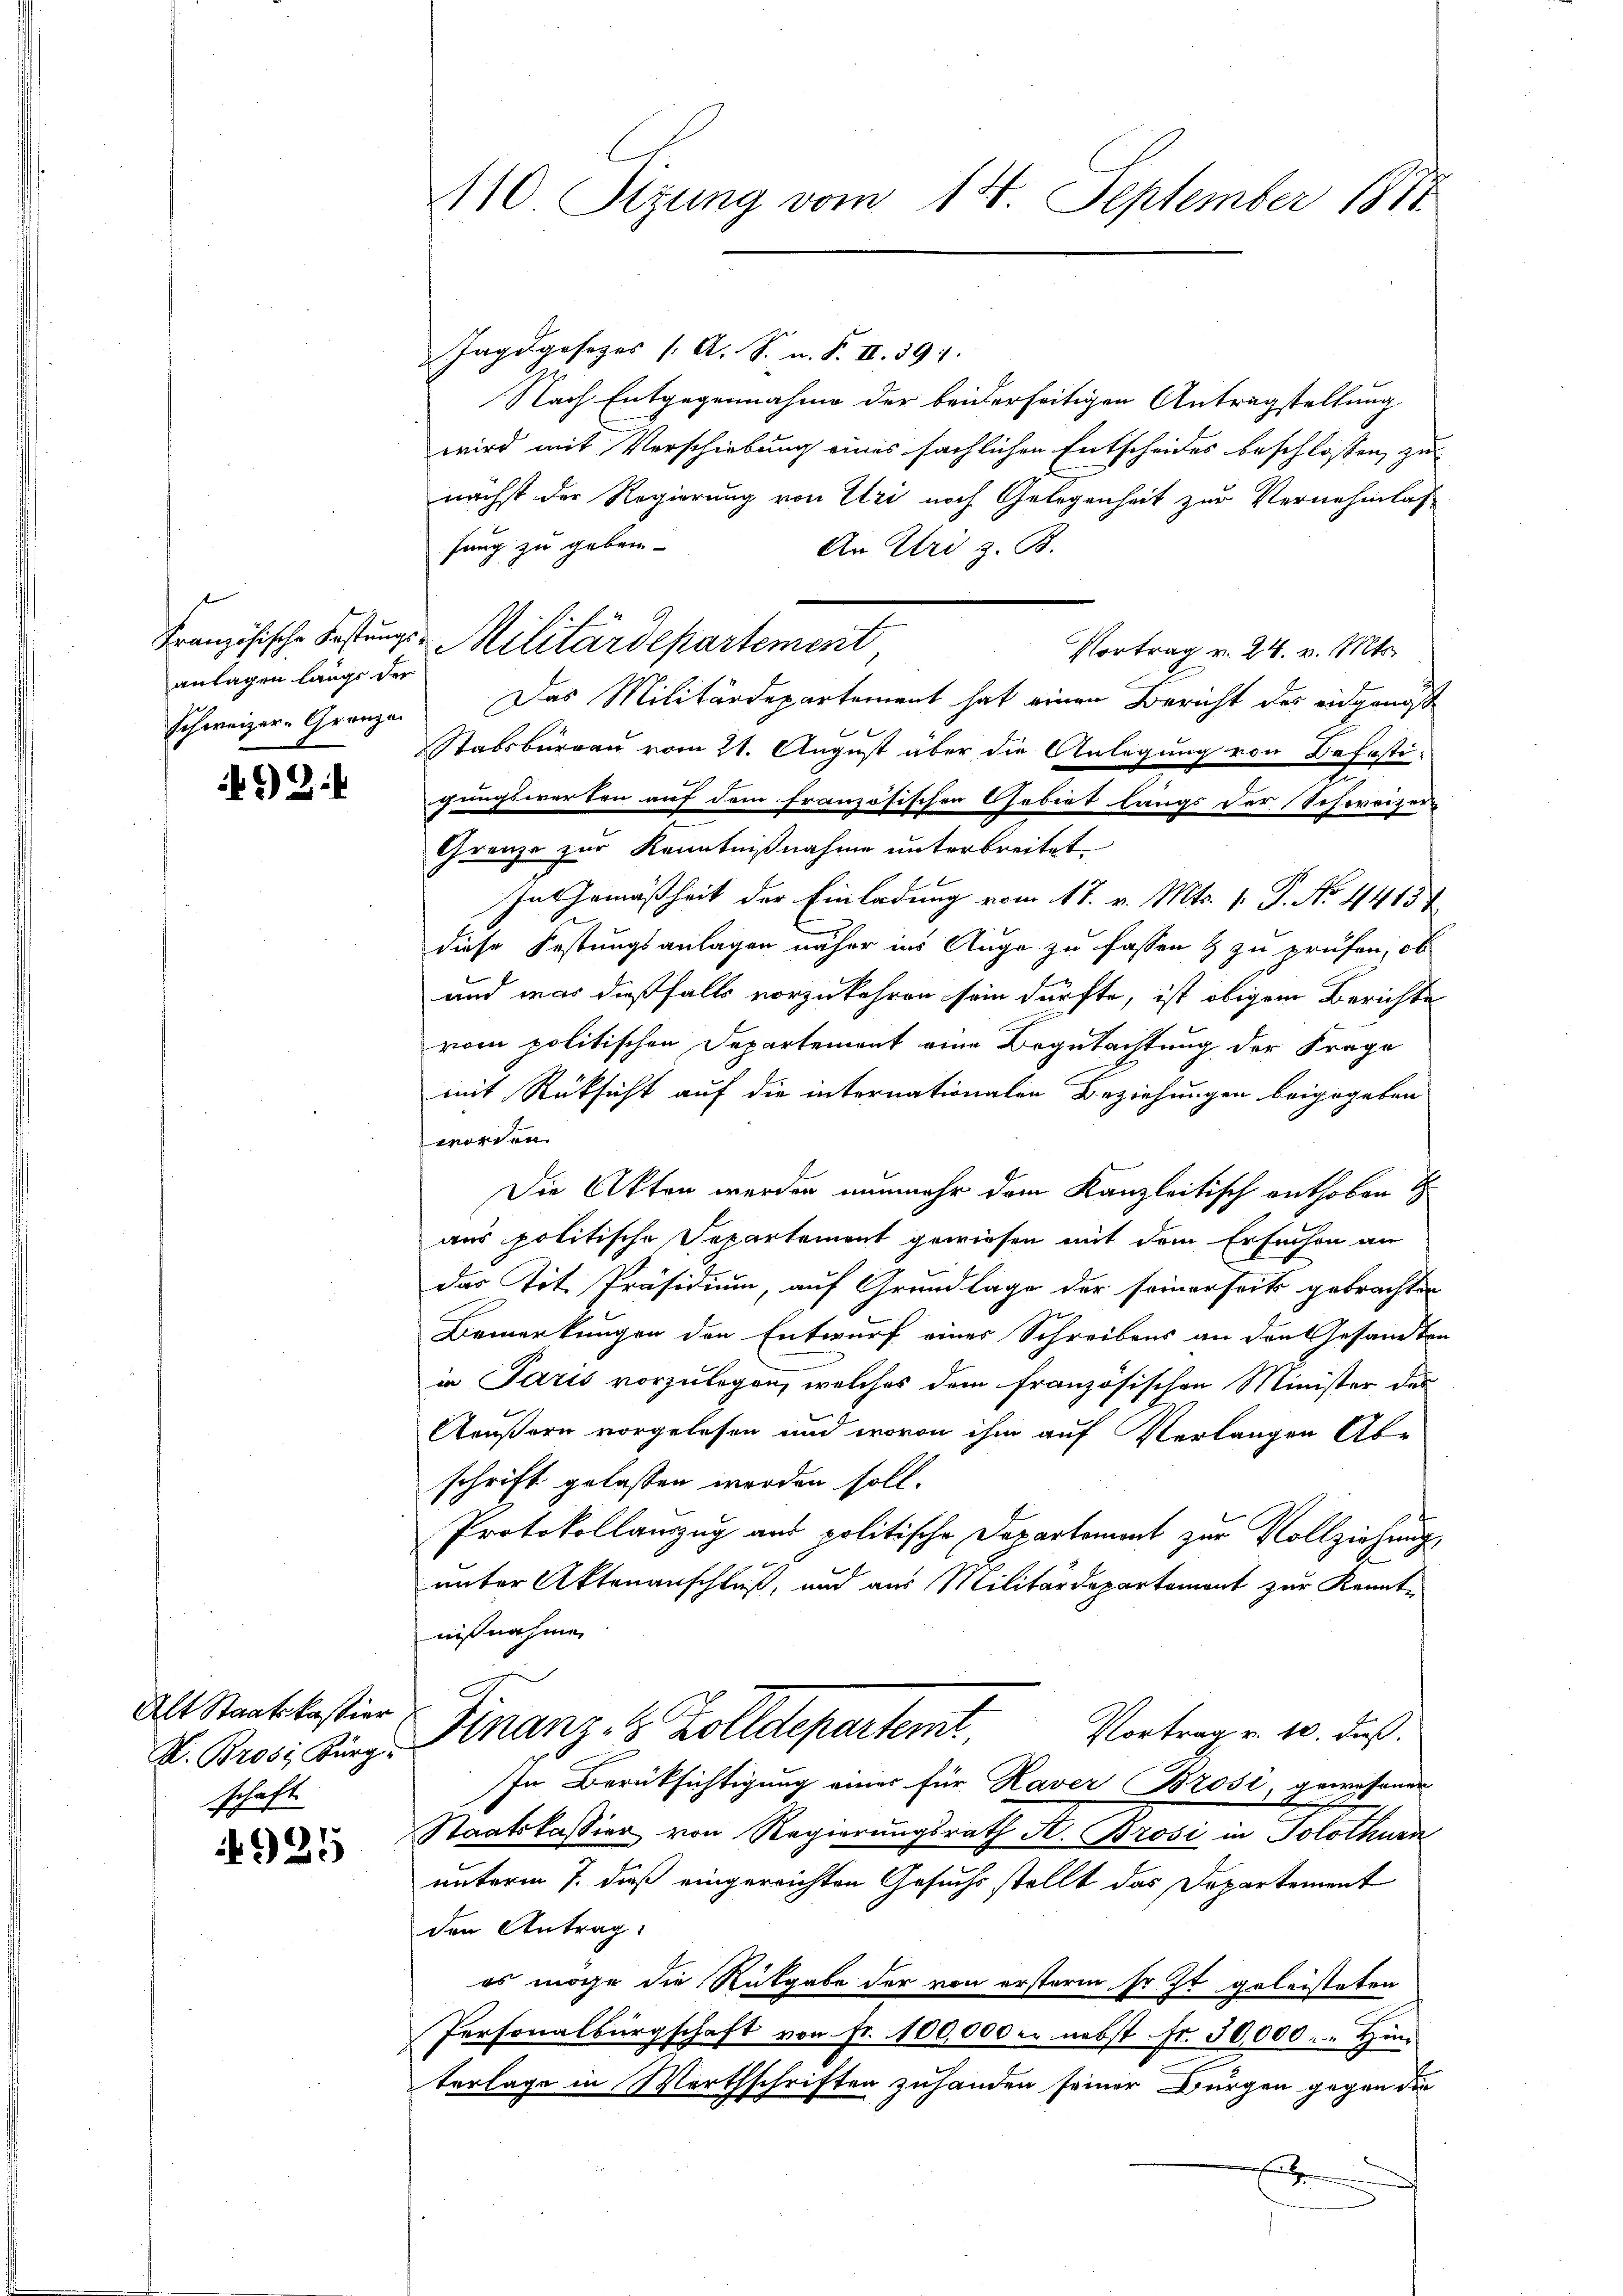
anlagen längs der
Schweizer-Granza

462.

Alt Staatskastier
schaft

925

110 Sizung vom 18. September 1811.

Jagdgesezes (A. S. n. F. II. 191.
Nach Entgegennahme der beiderseitigen Antragstellung
wird mit Verschiebung eines sächlichen Entscheides beschlossen, zu
nächst der Regierung von Uri noch Gelegenheit zur Vernehmlas-
hung zu geben.
An Uri z. B.
Französische Festungs-Militärdepartement
Vortrag v. 24. v. Mts.
Das Militärdepartement hat einen Bericht des endgangst
Stabsburgau vom 21. August über die Anlegung von Befesti-
gungswerten auf dem französischen Gebiet langs der Schweizer
Grenze zur Kenntnißnahme unterbreitet
In Gemäßheit der Einladung vom 17. v. Mts. 1. P. No. 44154
diese Festungsanlagen näher ins Auge zu fassen & zu prüfen, ob
und was dießfalls vorzukehren sein dürfte, ist obigem Berichte
vom politischen Departement eine Begutachtung der Frage
mit Rüksicht auf die internationalen Beziehungen beigegeben
worden.
Die Akten werden nunmehr dem Kanzleitisch enthoben
aus politische Separtement gewiesen mit dem Ersuchen an
das Tit. Präsidium, auf Grundlage der seinerseits gebrachten
Bemerkungen den Entwurf eines Schreibens an den Gesandte
in Paris vorzulegen, welches dem französischen Minister des
Aeußern vorgelesen und wovon ihm auf Verlangen Ab-
schrift gelassen werden soll.
Protokollauszug aus politische Departement zur Vollziehung,
unter Aktenanschluß, und aus Militärdepartement zur Kennte
nißnahme
Vortrag v. 10. daß
D. Brosi, Linz. Finanz. 8 Zolldepartemt.
In Berücksichtigung eines für Kaver Brosi, gewesener
Staatskassion von Regierungsrath A. Brosi in Solothurn
unterm 7. daß eingereichten Gesuchs stellt das Departement
den Antrag.
es möge die Rückgabe der von ersterm so ist geleisteten
Personalbürgschaft von Fr. 100,000 u. nebst fr. 30,000. - Hin
terlage in Wortschriften zuhanden seiner Bürgen gegen die
A